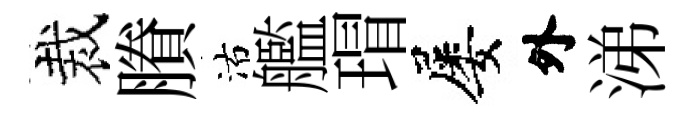
裁賸沽艦瑁屡外涕